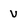
Character: v